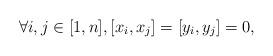
LaTeX: \begin{align*}\forall i,j\in[1,n], [x_i,x_j]=[y_i,y_j]=0, \end{align*}